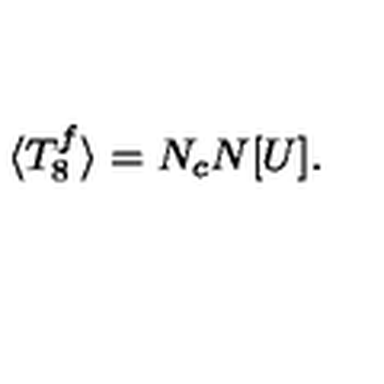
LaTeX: \langle T _ { 8 } ^ { f } \rangle = N _ { c } N [ U ] .